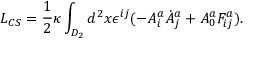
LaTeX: L _ { C S } = \frac { 1 } { 2 } \kappa \int _ { D _ { 2 } } d ^ { 2 } x \epsilon ^ { i j } ( - A _ { i } ^ { a } \dot { A } _ { j } ^ { a } + A _ { 0 } ^ { a } F _ { i j } ^ { a } ) .